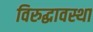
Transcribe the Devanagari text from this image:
विरुद्धावस्था